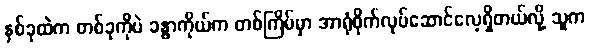
နှစ်ခုထဲက တစ်ခုကိုပဲ ခန္ဓာကိုယ်က တစ်ကြိမ်မှာ အာရုံစိုက်လုပ်ဆောင်လေ့ရှိတယ်လို့ သူက